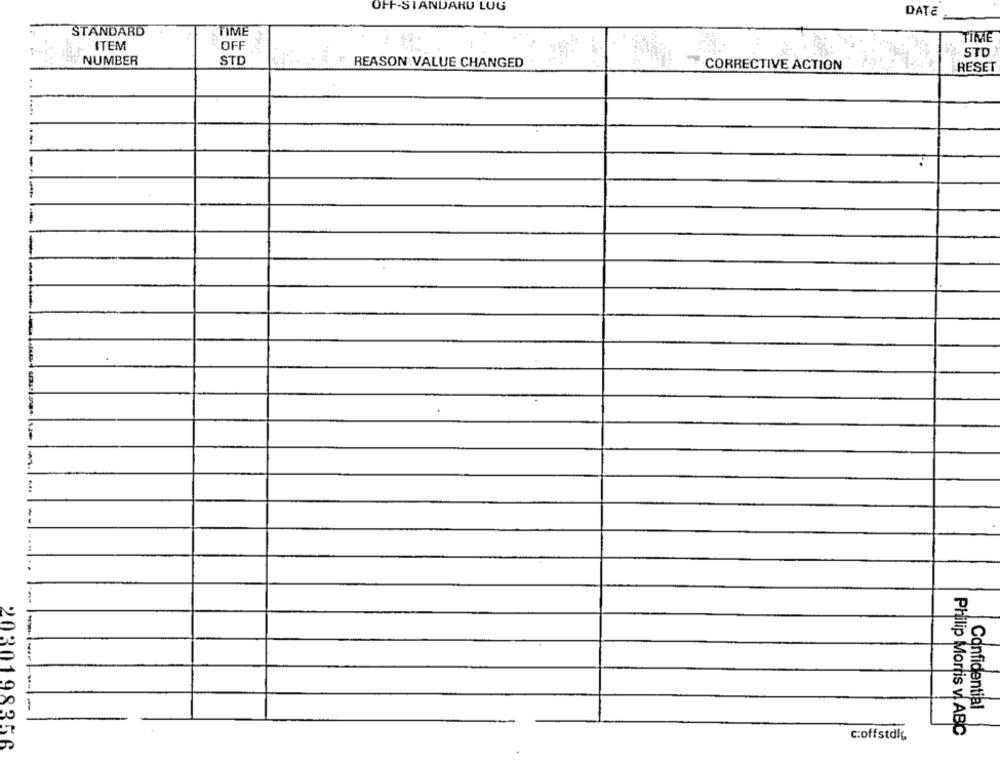
OFF-STANDARD LUG
DATE
TIME
STANDARD
TIME
ITEM
OFF
STD
NUMBER
STD
REASON VALUE CHANGED
CORRECTIVE ACTION
RESET
Confidential
Philip Morris v. ABC
c:offstdlg
2030198356